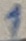
Text: 1